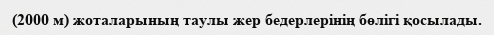
(2000 м) жоталарының таулы жер бедерлерінің бөлігі қосылады.